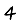
Digit: 4